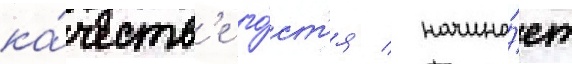
ка́честв'е го́ст'я / начина́ет